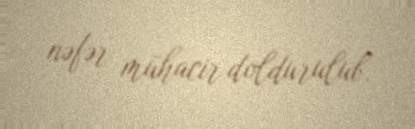
nəfər mühacir doldurulub.